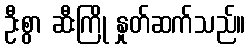
ဦးစွာ ဆီးကြို နှုတ်ဆက်သည်။